Memorandum on the prevention of leprosy by segregation of the affected
Disease focus: Leprosy
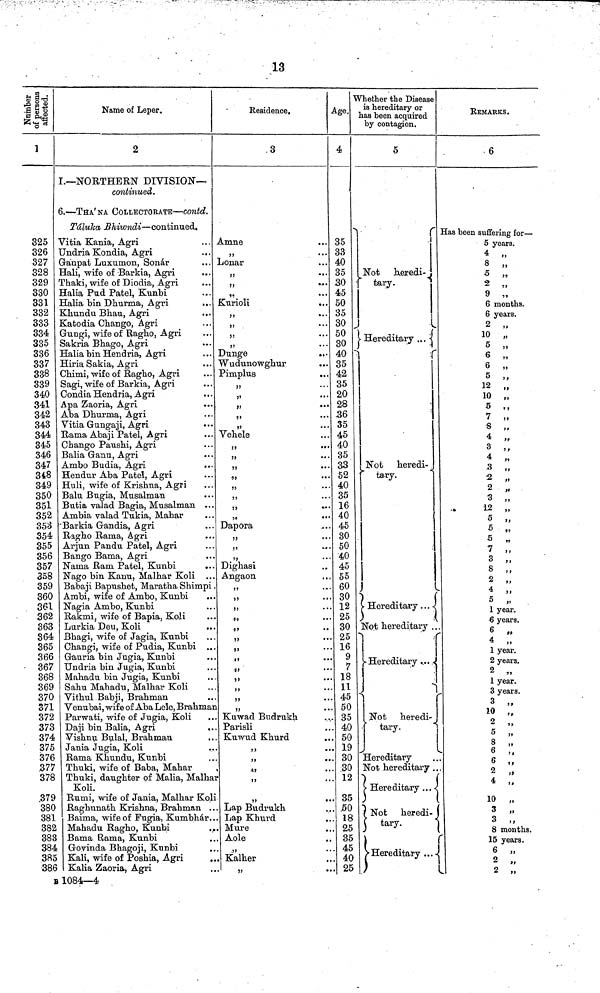
18
Number of person affected
1
325
326
327
328
329
330
331
332
333
334
335
336
337
338
339
340
341
342
343
344
345
346
347
348
349
350
351
352
358
354
355
356
357
358
359
360
361
362
363
864
365
366
•
367
368
369
370
371
372
373
374
375
376
.377
378
.379
380
381
382
383
384
385
•386
Name of Leper.
2
I.— NORTHERN DIVISION—
continued.
6. — THA'NA COLLECTORATE— contd.
Táluka Bhiwndi — continued.
Vitia Kania, Agri
Undria Kondia, Agri
Ganpat Luxumon, Sonár
Hali, wife of Barkia, Agri
Thaki, wife of Diodia, Agri
Halia Pud Patel, Kunbi
Halia bin Dhurma, Agri
Khundu Bhau, Agri
Katodia Chango, Agri
Gungi, wife of Ragho, Agri
Sakria Bhago, Agri
Halia bin Hendria, Agri
Hiria Sakia, Agri
Chimi, wife of Ragho, Agri
Sagi, wife of Barkia, Agri
Condia Hendria, Agri
Apa Zaoria, Agri
Aba Dhurma, Agri
Vitia Gungaji, Agri
Rama Abaji Patel, Agri
Chango Paushi, Agri
Balia Ganu, Agri
Ambo Budia, Agri
Hendur Aba Patel, Agri
Huli, wife of Krishna, Agri
Balu Bugia, Musalman
Butia valad Bagia, Musalman ...
Ambia valad Tukia, Mahar
'Barkia Gandia, Agri
Ragho Rama, Agri
Arjun Pandu Patel, Agri
Bango Bama, Agri
Nama Ram Patel, Kunbi
Nago bin Kanu, Malhar Koli ...
Babaji Bapushet, Maratha Shimpi
Ambi, wife of Ambo, Kunbi
Nagia Ambo, Kunbi
Rakmi, wife of Bapia, Koli
Larkia Deu, Koli
Bhagi, wife of Jagia, Kunbi
Changi, wife of Pudia, Kunbi ..
Gauria bin Jugia, Kunbi
Undria bin Jugia, Kunbi
Mahadu bin Jugia, Kunbi
Sahu Mahadu, Malhar Koli
Vithul Babji, Brahman
Venubai, wife of Aba Lele, Brahmai
Parwati, wife of Jugia, Koli
Daji bin Balia, Agri
Vishnu Bulal, Brahman
Jania Jugia, Koli
Rama Khundu, Kunbi
Thuki, wife of Baba, Mahar
Thuki, daughter of Malia, Malha
Koli.
Rumi, wife of Jania, Malhar KoL
Raghunath Krishna, Brahman ..
Baima, wife of Fugia, Kumbhar..
Mahadu Ragho, Kunbi
Bama Rama, Kunbi
Govinda Bhagoji, Kunbi
Kali, wife of Poshia, Agri
Kalia Zaoria, Agri
Residence.
3
Amne
"
Lonar
"
"
"
Kurioli
"
55
"
55
Dunge
..
Wudunowghur
Pimplus
>»
55
"
Vehele
J5
••
"
"
•
"
.
Dapora
.
.
Dighasi
Angaon
"
5)
"
"
"
l»
55
"
55
55
"
"
Kuwad Budrukh
Parisli
Kuwud Khurd
"
55
"
"
"
. Lap Budrukh
. Lap Khurd
. Mure
Aole
.. Kalher
55
Age.
4
35
33
40
35
30
45
50
35
30
50
30
40 -
. 35
. 42
. 35
. 20
. 28
36
. 35
. 45
. 40
. 35
. 33
. 52
. 40
. 35
. 16
. 40
45
.. 30
.. 50
.. 40
. 45
.. 55
.. 60
.. 30
.. 12
.. 25
. 30
.. 25
.. 16
.. 9
.. 7
.. 18
.. 11
.. 45
.. 50
... 35
... 40
... 50
... 19
... 30
... .30
... 12
... 35
50
... 18
... 25
.. 35
... 45
... 40
... 25
Whether the Disease
is hereditary or
has been acquired
by contagion.
5
I
Not
heredi-
tary.
Hereditary
Not heredi-
tary.
Hereditary
...
Not hereditary .
Hereditary
1
Not
heredi-
tary.
Hereditary
Not hereditary .
Hereditary ...
Not heredi-
V tary.
Hereditary ..
REMAKES.
6
Has been suffering for —
5 years.
4 „
8 „
5 „
2 „
9 „
6 months.
6 years.
2 „
10 „
5 „
6 „
6 „
5 „
12 „
10 „
5 „
7 „
8 „
4 „
3 "
4 „
3 „
2 „
2
,
3
,
12
,
5
,
5 "
5 „
7
"
3 "
8 "
2 "
4 „
5
1 year.
6 years.
6
4 "
1 year.
2 years.
2 „
1 year.
3 years.
3
10
2 "
5
5 ,
6
"
6 "
2 "
4 „
10
"
3
"
3 "
8 months.
15 years.
6 „
2 „
2 „
B 1084—4